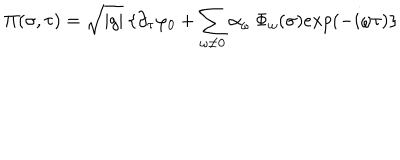
\Pi ( \sigma , \tau ) = \sqrt { \mid g \mid } \: \{ \partial _ { \tau } \varphi _ { 0 } + \sum _ { \omega \neq 0 } \alpha _ { \omega } \: \Phi _ { \omega } ( \sigma ) e x p ( - i \omega \tau ) \}